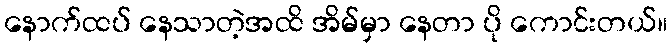
နောက်ထပ် နေသာတဲ့အထိ အိမ်မှာ နေတာ ပို ကောင်းတယ်။